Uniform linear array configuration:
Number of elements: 64
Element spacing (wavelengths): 1
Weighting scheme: hamming
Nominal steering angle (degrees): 0
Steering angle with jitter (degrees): -0.1299
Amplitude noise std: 0.05
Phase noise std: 0.05

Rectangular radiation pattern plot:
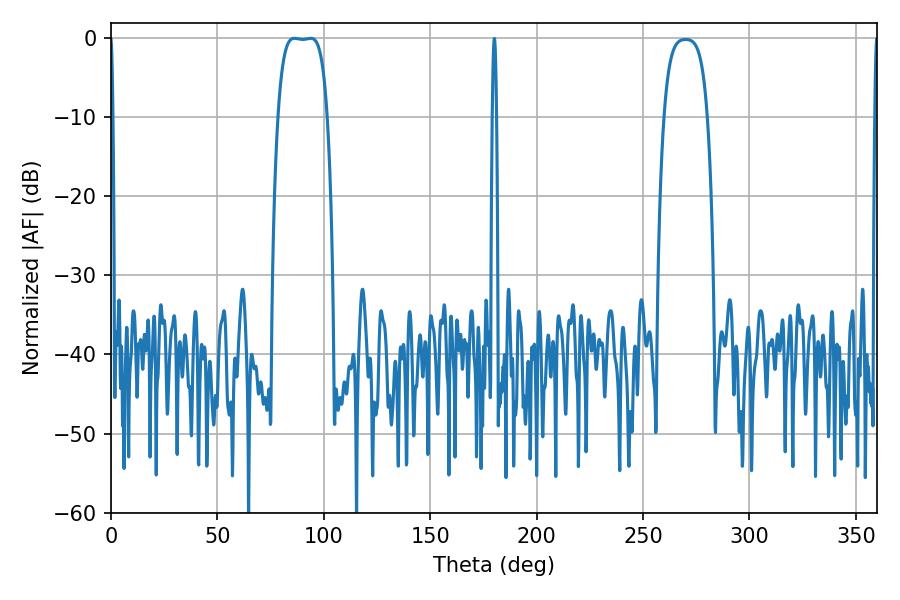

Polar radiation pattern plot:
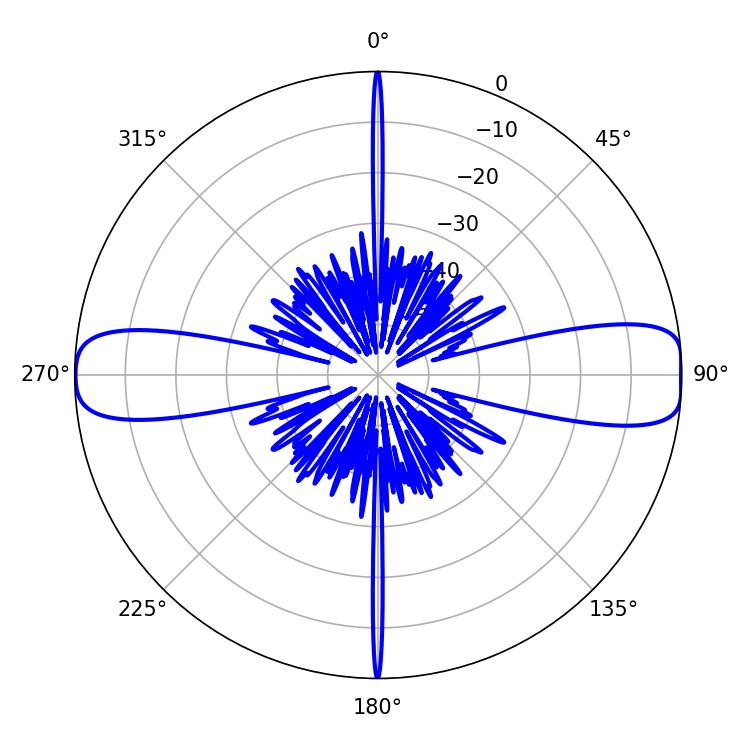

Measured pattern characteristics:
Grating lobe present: TRUE
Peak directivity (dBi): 14.579
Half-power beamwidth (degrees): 18
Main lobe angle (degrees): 86.22